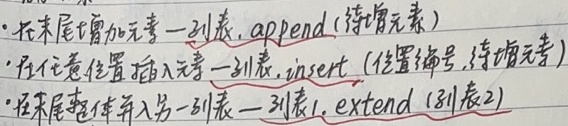
- 在末尾增加元素：列表.append(待增元素)
- 在任意位置插入元素：列表.insert(位置编号,待增元素)
- 末尾整体并入另一列表：列表1.extend(列表2)